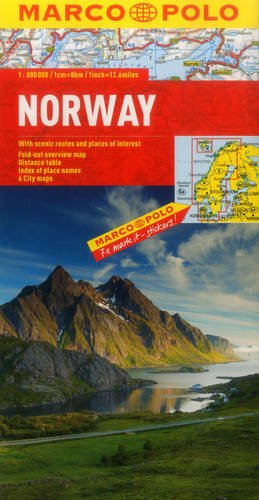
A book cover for Norway Marco Polo Map (Marco Polo Maps); Marco Polo Travel; Travel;